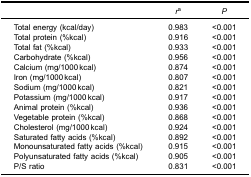
|  | ra | P |
 | --- | --- | --- |
 | Total energy (kcal/day) | 0.983 | <0.001 |
 | Total protein (%kcal) | 0.916 | <0.001 |
 | Total fat (%kcal) | 0.933 | <0.001 |
 | Carbohydrate (%kcal) | 0.956 | <0.001 |
 | Calcium (mg/1000 kcal) | 0.874 | <0.001 |
 | Iron (mg/1000 kcal) | 0.807 | <0.001 |
 | Sodium (mg/1000 kcal) | 0.821 | <0.001 |
 | Potassium (mg/1000 kcal) | 0.917 | <0.001 |
 | Animal protein (%kcal) | 0.936 | <0.001 |
 | Vegetable protein (%kcal) | 0.868 | <0.001 |
 | Cholesterol (mg/1000 kcal) | 0.924 | <0.001 |
 | Saturated fatty acids (%kcal) | 0.892 | <0.001 |
 | Monounsaturated fatty acids (%kcal) | 0.915 | <0.001 |
 | Polyunsaturated fatty acids (%kcal) | 0.905 | <0.001 |
 | P/S ratio | 0.831 | <0.001 |